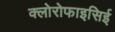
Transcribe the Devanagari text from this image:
क्लोरोफाइसिई